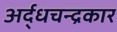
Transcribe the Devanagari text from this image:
अर्द्धचन्द्रकार